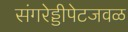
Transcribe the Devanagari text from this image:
संगरेड्डीपेटजवळ